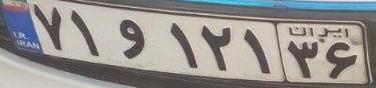
۷۱و۱۲۱۳۶